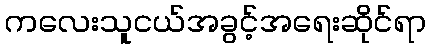
ကလေးသူငယ်အခွင့်အရေးဆိုင်ရာ